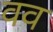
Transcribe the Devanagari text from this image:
वव